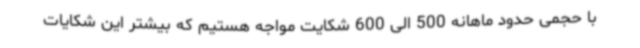
با حجمی حدود ماهانه 500 الی 600 شکایت مواجه هستیم که بیشتر این شکایات